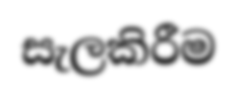
සැලකිරීම